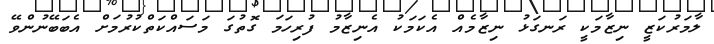
ލާމަރުކަޒީ ނިޒާމަކީ ރަނގަޅު ނިޒާމެއް އެކަމަކު އެނިޒާމު ފުރިހަމަ ގޮތުގަ މަސައްކަތްކުރުމަށް އެބަބޭނުންވޭ